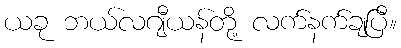
ယခု ဘယ်လဂျီယန်တို့ လက်နက်ချပြီ။